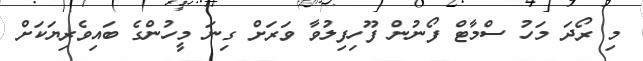
މި ރޯދަ މަހު ސްމާޓް ފޯނުން ފޫހިފިލުވާ ވަރަށް ގިނަ މީހުންގެ ބައިވެރިޔަކަށް